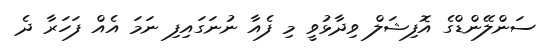
ސަންލޭންޑްގެ އޮފިޝަލް ވިދާޅުވީ މި ފެއާ ނުނަގައިފި ނަމަ އެއް ފަހަރާ ދެ